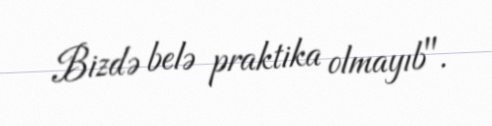
Bizdə belə praktika olmayıb".